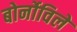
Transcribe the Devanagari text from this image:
बोर्नोविले